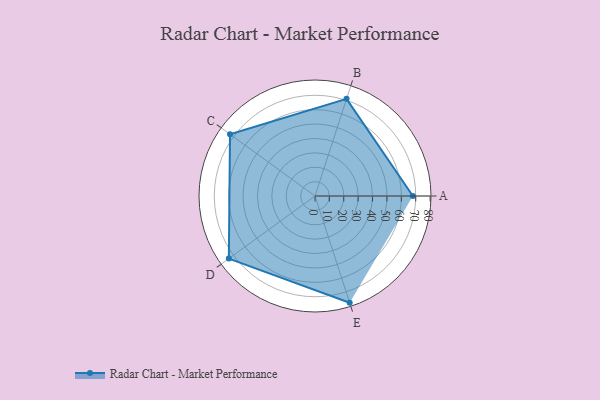
{"axis": {"x": "Skill", "y": "Score"}, "legend": ["Profile"], "data": [{"x": "A", "y": 68.0, "type": "Profile"}, {"x": "B", "y": 71.0, "type": "Profile"}, {"x": "C", "y": 73.0, "type": "Profile"}, {"x": "D", "y": 74.0, "type": "Profile"}, {"x": "E", "y": 78.0, "type": "Profile"}]}